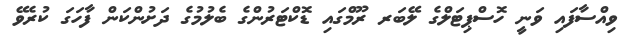
ވިއްސާފައި ވަނީ ހޮސްޕިޓަލްގެ ލޭބަރ ރޫމްގައި ޑޮކްޓަރުންގެ ބެލުމުގެ ދަށުންކަން ފާހަގަ ކުރެވޭ